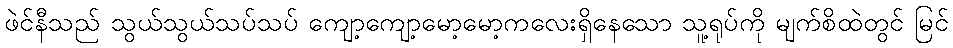
ဖဲင်နီသည် သွယ်သွယ်သပ်သပ် ကျော့ကျော့မော့မော့ကလေးရှိနေသော သူ့ရုပ်ကို မျက်စိထဲတွင် မြင်